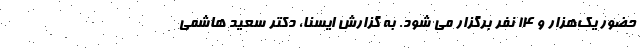
حضور یک‌هزار و ۱۴ نفر برگزار می شود. به گزارش ایسنا، دکتر سعید هاشمی